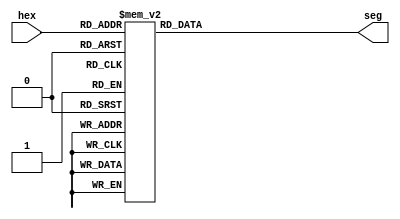
module HexToLED(
    input      [3:0] hex, // hex input
    output reg [6:0] seg  // segments
);


  always @ (hex)
  begin
    case (hex)
      // segment order: GFEDCBA (active low)
      4'h0 : seg = 7'b1000000;
      4'h1 : seg = 7'b1111001;
      4'h2 : seg = 7'b0100100;
      4'h3 : seg = 7'b0110000;
      4'h4 : seg = 7'b0011001;
      4'h5 : seg = 7'b0010010;
      4'h6 : seg = 7'b0000010;
      4'h7 : seg = 7'b1111000;
      4'h8 : seg = 7'b0000000;
      4'h9 : seg = 7'b0010000;
      4'hA : seg = 7'b0001000;
      4'hB : seg = 7'b0000011;
      4'hC : seg = 7'b1000110;
      4'hD : seg = 7'b0100001;
      4'hE : seg = 7'b0000110;
      4'hF : seg = 7'b0001110;
      default : seg = 7'b1111111;
    endcase
  end


endmodule